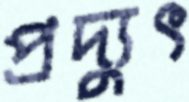
প্রদ্যুৎ